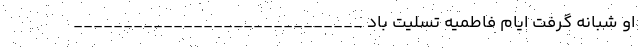
او شبانه گرفت ایام فاطمیه تسلیت باد _____________________________